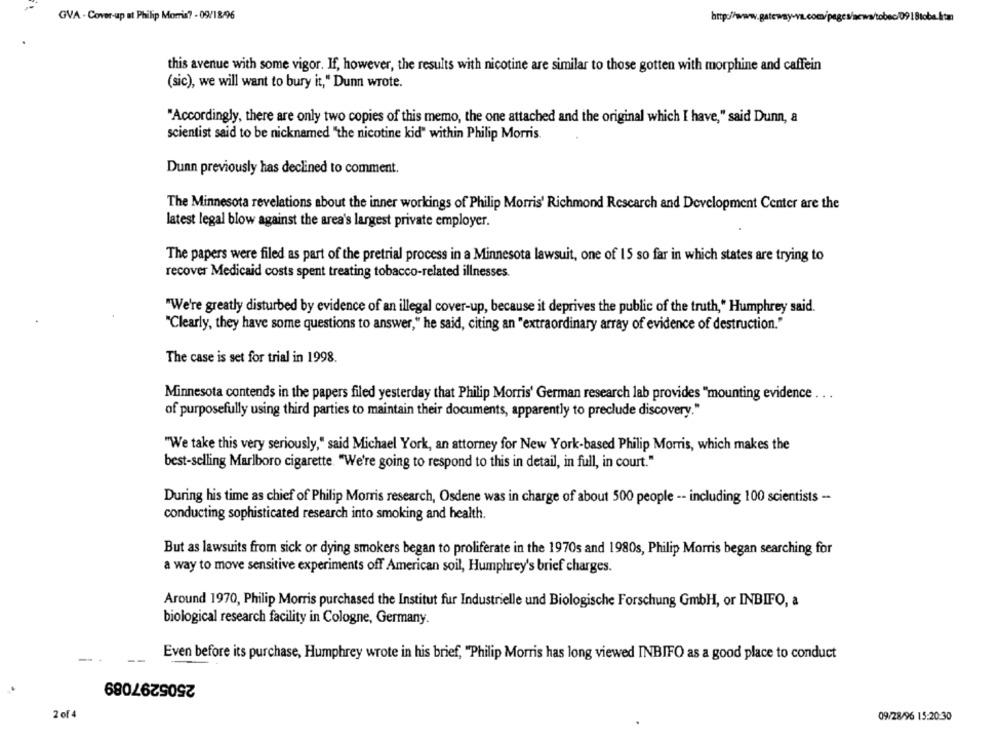
GVA - Cover-up at Philip Morris? - 09/18/96
brp
Vtobec/09 18tobe.itm
this avenue with some vigor. If, however, the results with nicotine are similar to those gotten with morphine and caffein
(sic), we will want to bury it," Dunn wrote.
"Accordingly, there are only two copies of this memo, the one attached and the original which I have," said Dunn, a
scientist said to be nicknamed "the nicotine kid" within Philip Morris.
Dunn previously has declined to comment.
The Minnesota revelations about the inner workings of Philip Morris' Richmond Research and Development Center are the
latest legal blow against the area's largest private employer.
The papers were filed as part of the pretrial process in a Minnesota lawsuit, one of 15 so far in which states are trying to
recover Medicaid costs spent treating tobacco-related illnesses.
"We're greatly disturbed by evidence of an illegal cover-up, because it deprives the public of the truth," Humphrey said.
"Clearly, they have some questions to answer," he said, citing an "extraordinary array of evidence of destruction."
The case is set for trial in 1998.
Minnesota contends in the papers filed yesterday that Philip Morris' German research lab provides "mounting evidence
of purposefully using third parties to maintain their documents, apparently to preclude discovery."
"We take this very seriously," said Michael York, an attorney for New York-based Philip Morris, which makes the
best-selling Marlboro cigarette. "We're going to respond to this in detail, in full, in court."
During his time as chief of Philip Morris research, Osdene was in charge of about 500 people -- including 100 scientists -
conducting sophisticated research into smoking and health.
But as lawsuits from sick or dying smokers began to proliferate in the 1970s and 1980s, Philip Morris began searching for
a way to move sensitive experiments off American soil, Humphrey's brief charges.
Around 1970, Philip Morris purchased the Institut fur Industrielle und Biologische Forschung GmbH, or INBIFO, a
biological research facility in Cologne, Germany.
Even before its purchase, Humphrey wrote in his brief, "Philip Morris has long viewed INBIFO as a good place to conduct
2505297089
2 of 4
09/28/96 15:20:30